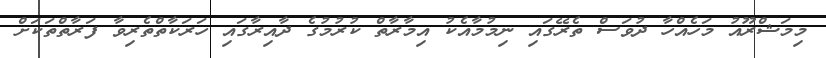
މިމަޝްރޫއު މަހެއްހާ ދުވަސް ތެރޭގައި ނިމުމާއެކު އިމާރާތް ކުރުމުގެ ދާއިރާގައި ހަރަކާތްތެރިވާ ފަރާތްތަކަށް